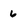
Character: 6